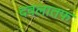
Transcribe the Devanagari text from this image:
दवलातफ